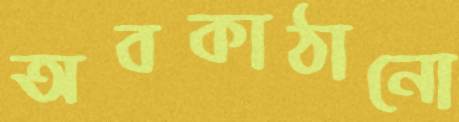
অবকাঠানো